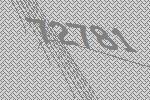
72781